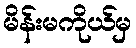
မိန်းမကိုယ်မှ